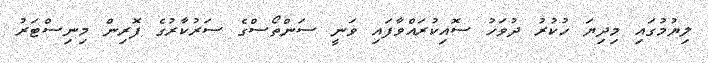
ލިޔުމުގައި މިދިޔަ ހުކުރު ދުވަހު ސޮއިކުރައްވާފައި ވަނީ ސަންތޯސްގެ ސަރުކާރުގެ ފޮރިން މިނިސްޓަރު